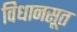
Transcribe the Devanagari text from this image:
विधानसूत